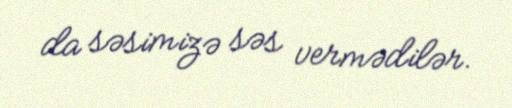
da səsimizə səs vermədilər.